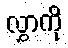
လွှာကို